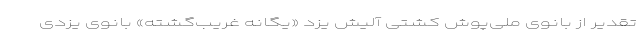
تقدیر از بانوی ملی‌پوش کشتی آلیش یزد «یگانه غریب‌گشته» بانوی یزدی